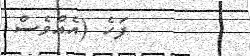
ފަހެ (އެއްވެސް